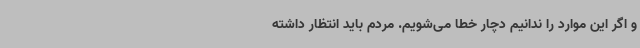
و اگر این موارد را ندانیم دچار خطا می‌شویم. مردم باید انتظار داشته